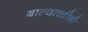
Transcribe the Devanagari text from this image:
बाल्दाच्चीनी